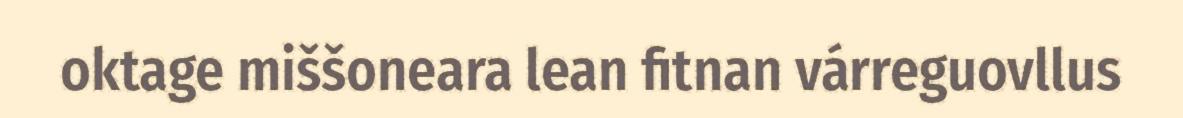
oktage miššoneara lean fitnan várreguovllus